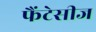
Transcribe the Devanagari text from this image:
फैंटेसीज